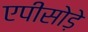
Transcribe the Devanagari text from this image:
एपीसोड़े